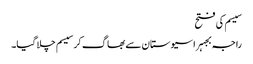
سیسم کی فتح
راجہ بجہرا سیوستان سے بھاگ کر سیسم چلا گیا۔